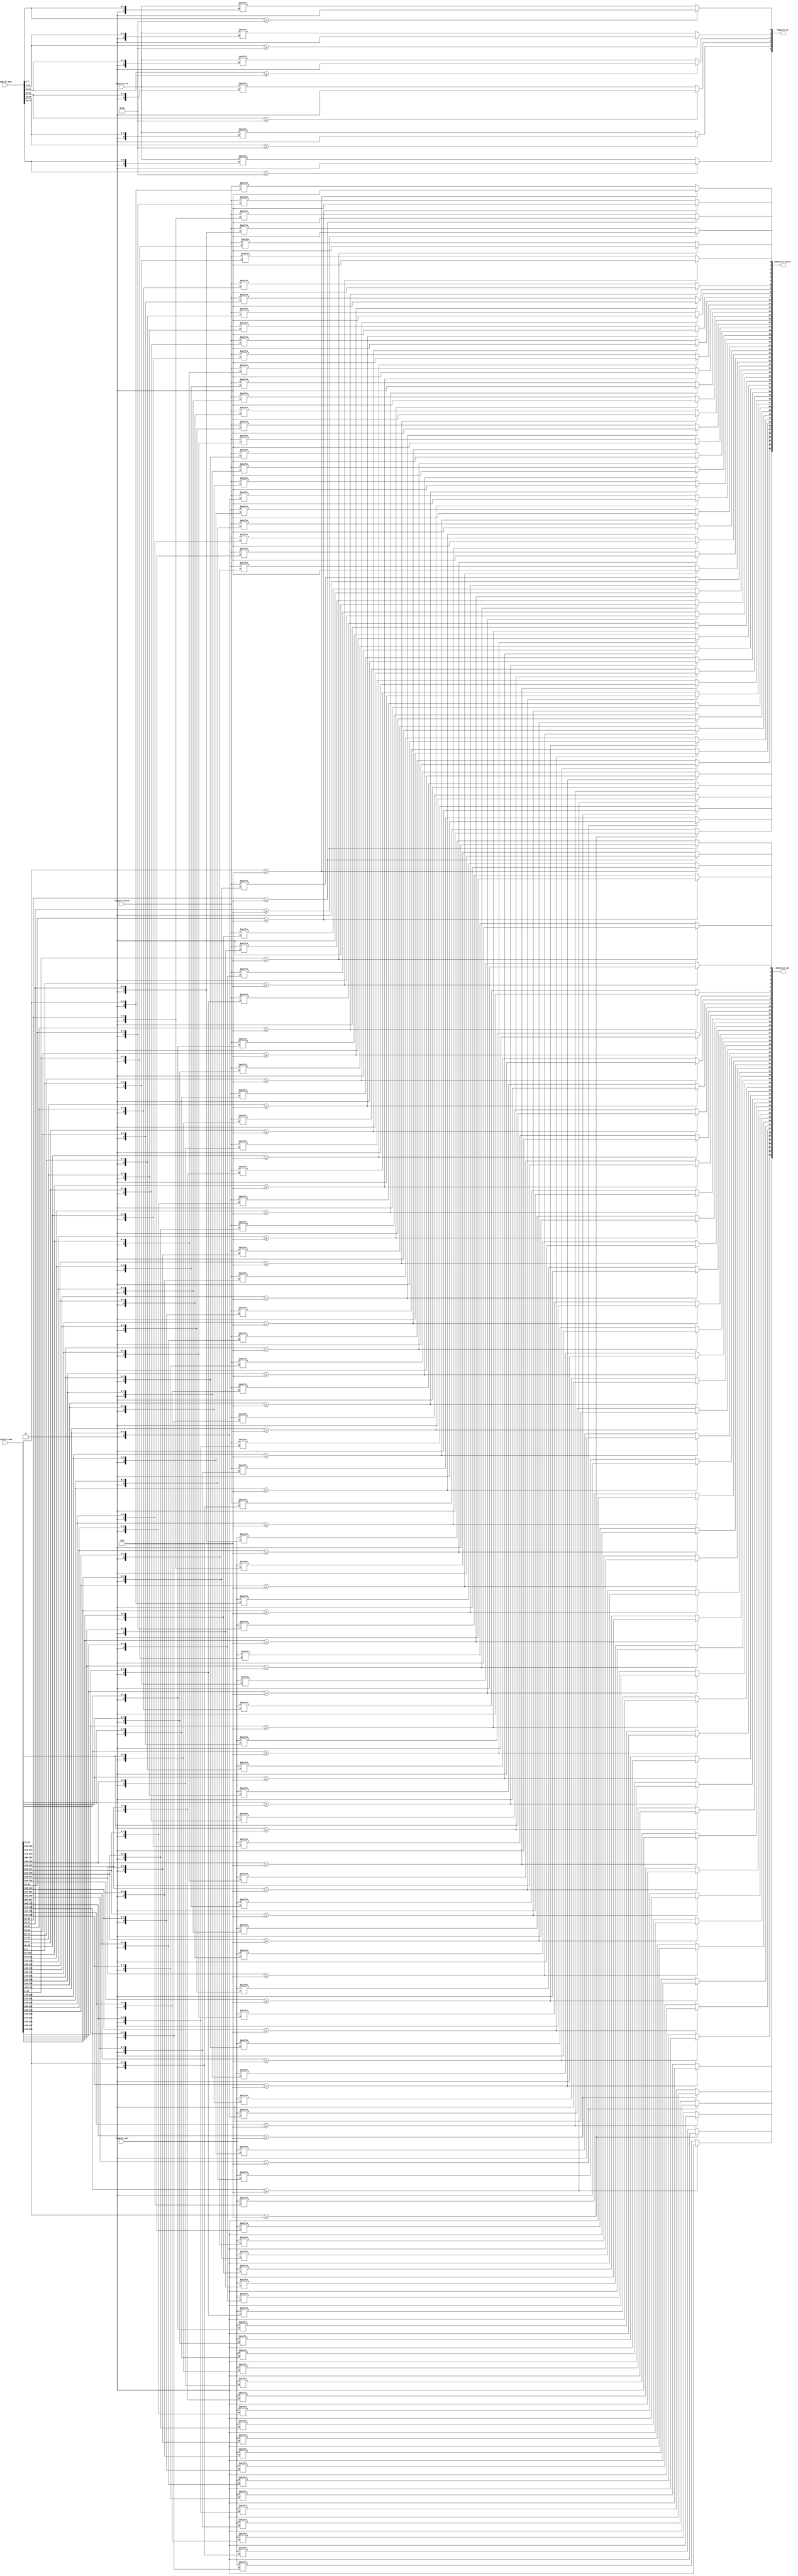
/*
 * Copyright (c) 2019, Arm Limited and affiliates.
 * SPDX-License-Identifier: Apache-2.0
 *
 * Licensed under the Apache License, Version 2.0 (the "License");
 * you may not use this file except in compliance with the License.
 * You may obtain a copy of the License at
 *
 * http://www.apache.org/licenses/LICENSE-2.0
 *
 * Unless required by applicable law or agreed to in writing, software
 * distributed under the License is distributed on an "AS IS" BASIS,
 * WITHOUT WARRANTIES OR CONDITIONS OF ANY KIND, either express or implied.
 * See the License for the specific language governing permissions and
 * limitations under the License.
 */

module pin_mux #(
        parameter IO_PHYSICAL = 50,
        parameter IO_LOGICAL = 6
    )
    (
        input wire [IO_PHYSICAL - 1:0] physical_in,
        output reg [IO_PHYSICAL - 1:0] physical_val,
        output reg [IO_PHYSICAL - 1:0] physical_drive,
        input wire [IO_PHYSICAL * 8 - 1:0] physical_map,

        output reg [IO_LOGICAL - 1:0] logical_in,
        input wire [IO_LOGICAL - 1:0] logical_val,
        input wire [IO_LOGICAL - 1:0] logical_drive,
        input wire [IO_LOGICAL * 8 - 1:0] logical_map
    );

    integer i;
    integer j;
    integer logical_pin;
    integer physical_pin;
    always@(*)begin
        for(i = 0; i < IO_PHYSICAL; i = i + 1)begin
            logical_pin = physical_map[i * 8+:8];
            if(logical_pin >= IO_LOGICAL)begin
                physical_val[i] = 0;
                physical_drive[i] = 0;
            end else begin
                physical_val[i] = logical_val[logical_pin];
                physical_drive[i] = logical_drive[logical_pin];
            end
        end

        for(i = 0; i < IO_LOGICAL; i = i + 1)begin
            physical_pin = logical_map[i * 8 +: 8];
            if(physical_pin >= IO_PHYSICAL)begin
                logical_in[i] = 0;
            end else begin
                logical_in[i] = physical_in[physical_pin];
            end
        end
    end

endmodule